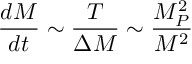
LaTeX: \frac { d M } { d t } \sim \frac { T } { \Delta M } \sim \frac { M _ { P } ^ { 2 } } { M ^ { 2 } }